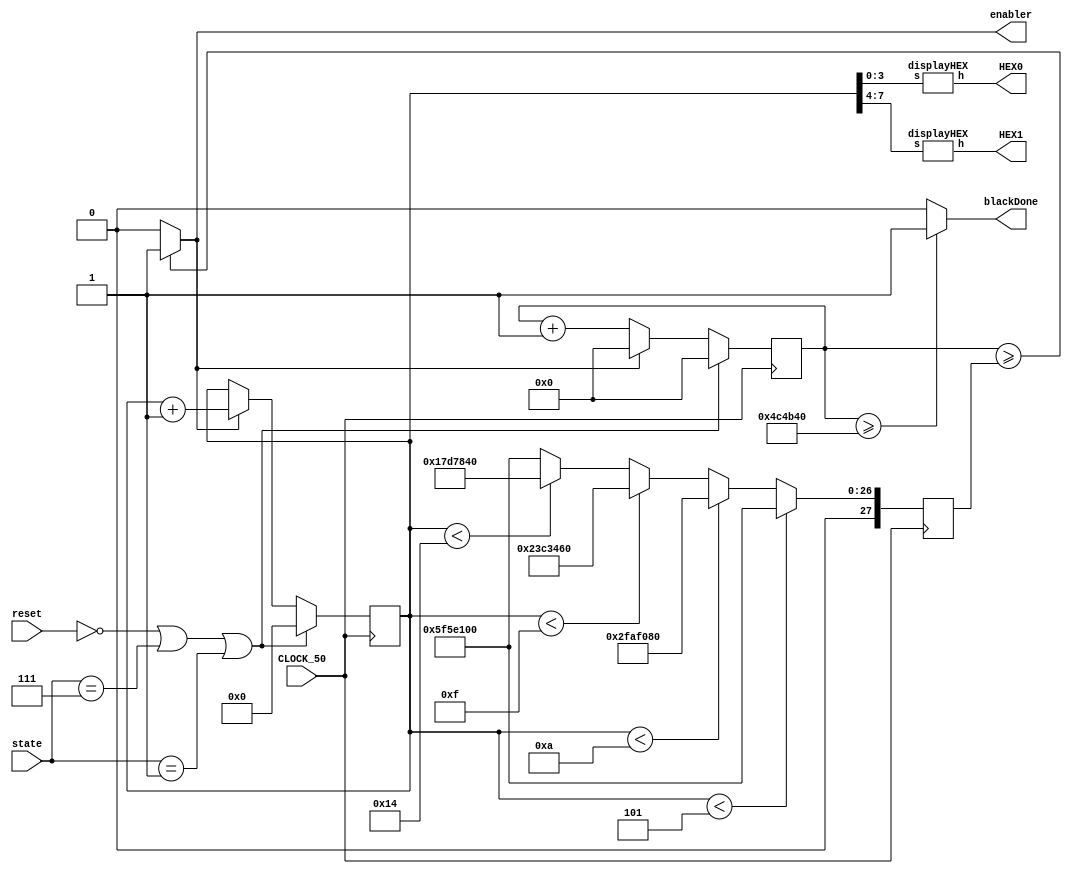
`timescale 1ns/1ns

module rateDivision (CLOCK_50, enabler, reset, HEX0, HEX1, state, blackDone);

	input CLOCK_50;
	input reset;
	input [2:0] state;
	output enabler;
	output [6:0] HEX0, HEX1;
	wire enable;
	output blackDone;
	reg [27:0]count1;
	reg [7:0]count2;
	reg [27:0]RateDivider;
	
	//initial count1 = 28'd0;
	//initial count2 = 8'd0;
	//initial RateDivider = 28'd100000000;

	
	assign enable = (count1 >= RateDivider)?1'b1:1'b0;
	assign blackDone = (count1 >= 27'd5000000)?1'b1:1'b0;
	
	assign enabler = enable;
	
	displayHEX h0(count2[3:0], HEX0);
	displayHEX h1(count2[7:4], HEX1);
	
	
	always@(posedge CLOCK_50)
	begin
		if (~reset || state == 3'b111 || state == 2'b01)
			begin
			count1 <= 28'd0;
			count2 <= 8'd0;
			end
		else if (enable)
		begin
			count1 <= 28'd0;
			count2 <= count2 + 1'b1;
		end
		else
			count1 <= count1 + 1'b1;

	end


	
	always@(posedge CLOCK_50)
	begin
	
		if (count2 < 8'd5)
			RateDivider <= 27'd100000000;
		else if (count2 < 8'd10)
			RateDivider <= 26'd50000000;
		else if (count2 < 8'd15)
			RateDivider <= 27'd37500000;
		else if (count2 <8'd20)
			RateDivider <= 28'd25000000;
		else RateDivider <= 27'd100000000;
	end
	
	
	//MODELSIM RATEDIVIDER
	/*
	always@(posedge CLOCK_50)
	begin
	
		if (count2 < 8'd5)
			RateDivider <= 27'd5;
		else if (count2 < 8'd10)
			RateDivider <= 26'd3;
		else if(count2 < 8'd15)
			RateDivider <= 27'd1;
		else 
			RateDivider <= 8'd5;

	end
	
	*/
endmodule


module displayHEX (s,h);                                                                           

input[3:0] s;
output[6:0] h;

//Lights, the Not is for the purpose of the keys since 0 represents pressed
assign h[0] = ~((s[3]|s[2]|s[1]|~s[0])&(s[3]|~s[2]|s[1]|s[0])&(~s[3]|s[2]|~s[1]|~s[0])&(~s[3]|~s[2]|s[1]|~s[0]));
assign h[1] = ~((s[3]|~s[2]|s[1]|~s[0])&(s[3]|~s[2]|~s[1]|s[0])&(~s[3]|s[2]|~s[1]|~s[0])&(~s[3]|~s[2]|s[1]|s[0])&(~s[3]|~s[2]|~s[1]|s[0])&(~s[3]|~s[2]|~s[1]|~s[0]));
assign h[2] = ~((s[3]|s[2]|~s[1]|s[0])&(~s[3]|~s[2]|s[1]|s[0])&(~s[3]|~s[2]|~s[1]|s[0])&(~s[3]|~s[2]|~s[1]|~s[0]));
assign h[3] = ~((s[3]|s[2]|s[1]|~s[0])&(s[3]|~s[2]|s[1]|s[0])&(s[3]|~s[2]|~s[1]|~s[0])&(~s[3]|s[2]|s[1]|~s[0])&(~s[3]|~s[2]|~s[1]|~s[0])&(~s[3]|s[2]|~s[1]|s[0]));
assign h[4] = ~((s[3]|s[2]|s[1]|~s[0])&(s[3]|s[2]|~s[1]|~s[0])&(s[3]|~s[2]|s[1]|s[0])&(s[3]|~s[2]|s[1]|~s[0])&(s[3]|~s[2]|~s[1]|~s[0])&(~s[3]|s[2]|s[1]|~s[0]));
assign h[5] = ~((s[3]|s[2]|s[1]|~s[0])&(s[3]|s[2]|~s[1]|s[0])&(s[3]|s[2]|~s[1]|~s[0])&(s[3]|~s[2]|~s[1]|~s[0])&(~s[3]|~s[2]|s[1]|~s[0]));
assign h[6] = ~((s[3]|s[2]|s[1]|s[0])&(s[3]|s[2]|s[1]|~s[0])&(s[3]|~s[2]|~s[1]|~s[0])&(~s[3]|~s[2]|s[1]|s[0]));

endmodule